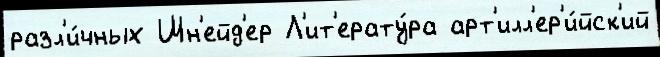
разл'и́чных Шн'ейд'ер Л'ит'ерату́ра арт'илл'ер'и́йск'ий